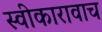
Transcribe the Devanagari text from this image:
स्वीकारावाच